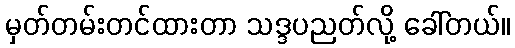
မှတ်တမ်းတင်ထားတာ သဒ္ဒပညတ်လို့ ခေါ်တယ်။